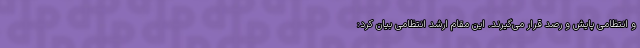
و انتظامی پایش و رصد قرار می‌گیرند. این مقام ارشد انتظامی بیان کرد: